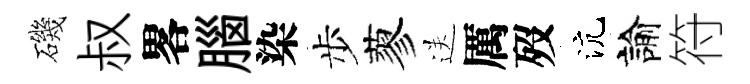
磯叔畧腦染步蓼送厲歿沆諭符